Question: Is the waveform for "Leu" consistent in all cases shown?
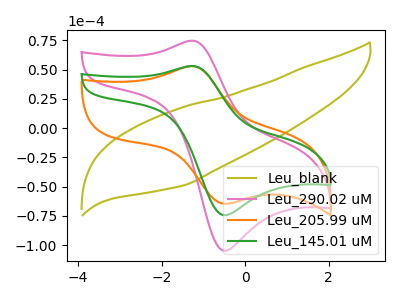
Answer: <think>The olive curve "Leu_blank" has no peaks. The pink curve "Leu_290.02 uM" has an anodic peak at (-1.30V, 74.70uA) and a cathodic peak at (-0.45V, -104.75uA). The orange curve "Leu_205.99 uM" has an anodic peak at (-1.25V, 52.90uA) and a cathodic peak at (-0.40V, -64.45uA). The green curve "Leu_145.01 uM" has an anodic peak at (-1.30V, 53.05uA) and a cathodic peak at (-0.45V, -74.35uA).
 "Leu_blank" and "Leu_290.02 uM" have a different number of peaks. "Leu_blank" and "Leu_205.99 uM" have a different number of peaks. "Leu_blank" and "Leu_145.01 uM" have a different number of peaks. All the peaks in "Leu_290.02 uM" have a peak in "Leu_205.99 uM" at the same potential. Every peak in "Leu_290.02 uM" is higher than every peak in "Leu_205.99 uM". All the peaks in "Leu_290.02 uM" have a peak in "Leu_145.01 uM" at the same potential. Every peak in "Leu_290.02 uM" is higher than every peak in "Leu_145.01 uM". All the peaks in "Leu_205.99 uM" have a peak in "Leu_145.01 uM" at the same potential. Every peak in "Leu_205.99 uM" is lower than every peak in "Leu_145.01 uM".</think>
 <answer>All the CV's of "Leu" have similar shape.</answer>
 <eval>follow_rule</eval>